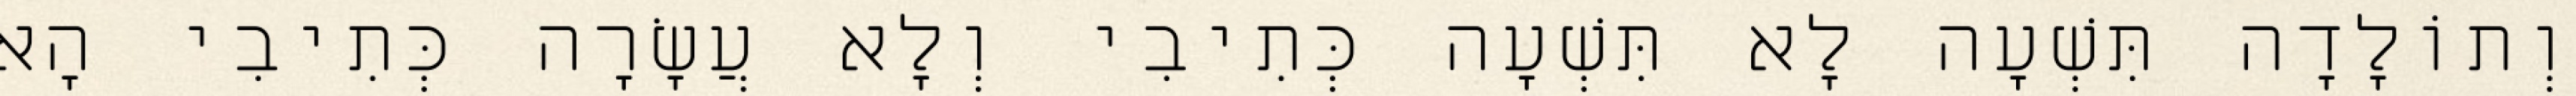
וְתוֹלָדָה תִּשְׁעָה לָא תִּשְׁעָה כְּתִיבִי וְלָא עֲשָׂרָה כְּתִיבִי הָא